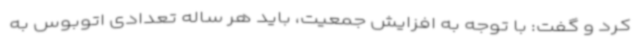
کرد و گفت: با توجه به افزایش جمعیت، باید هر ساله تعدادی اتوبوس به